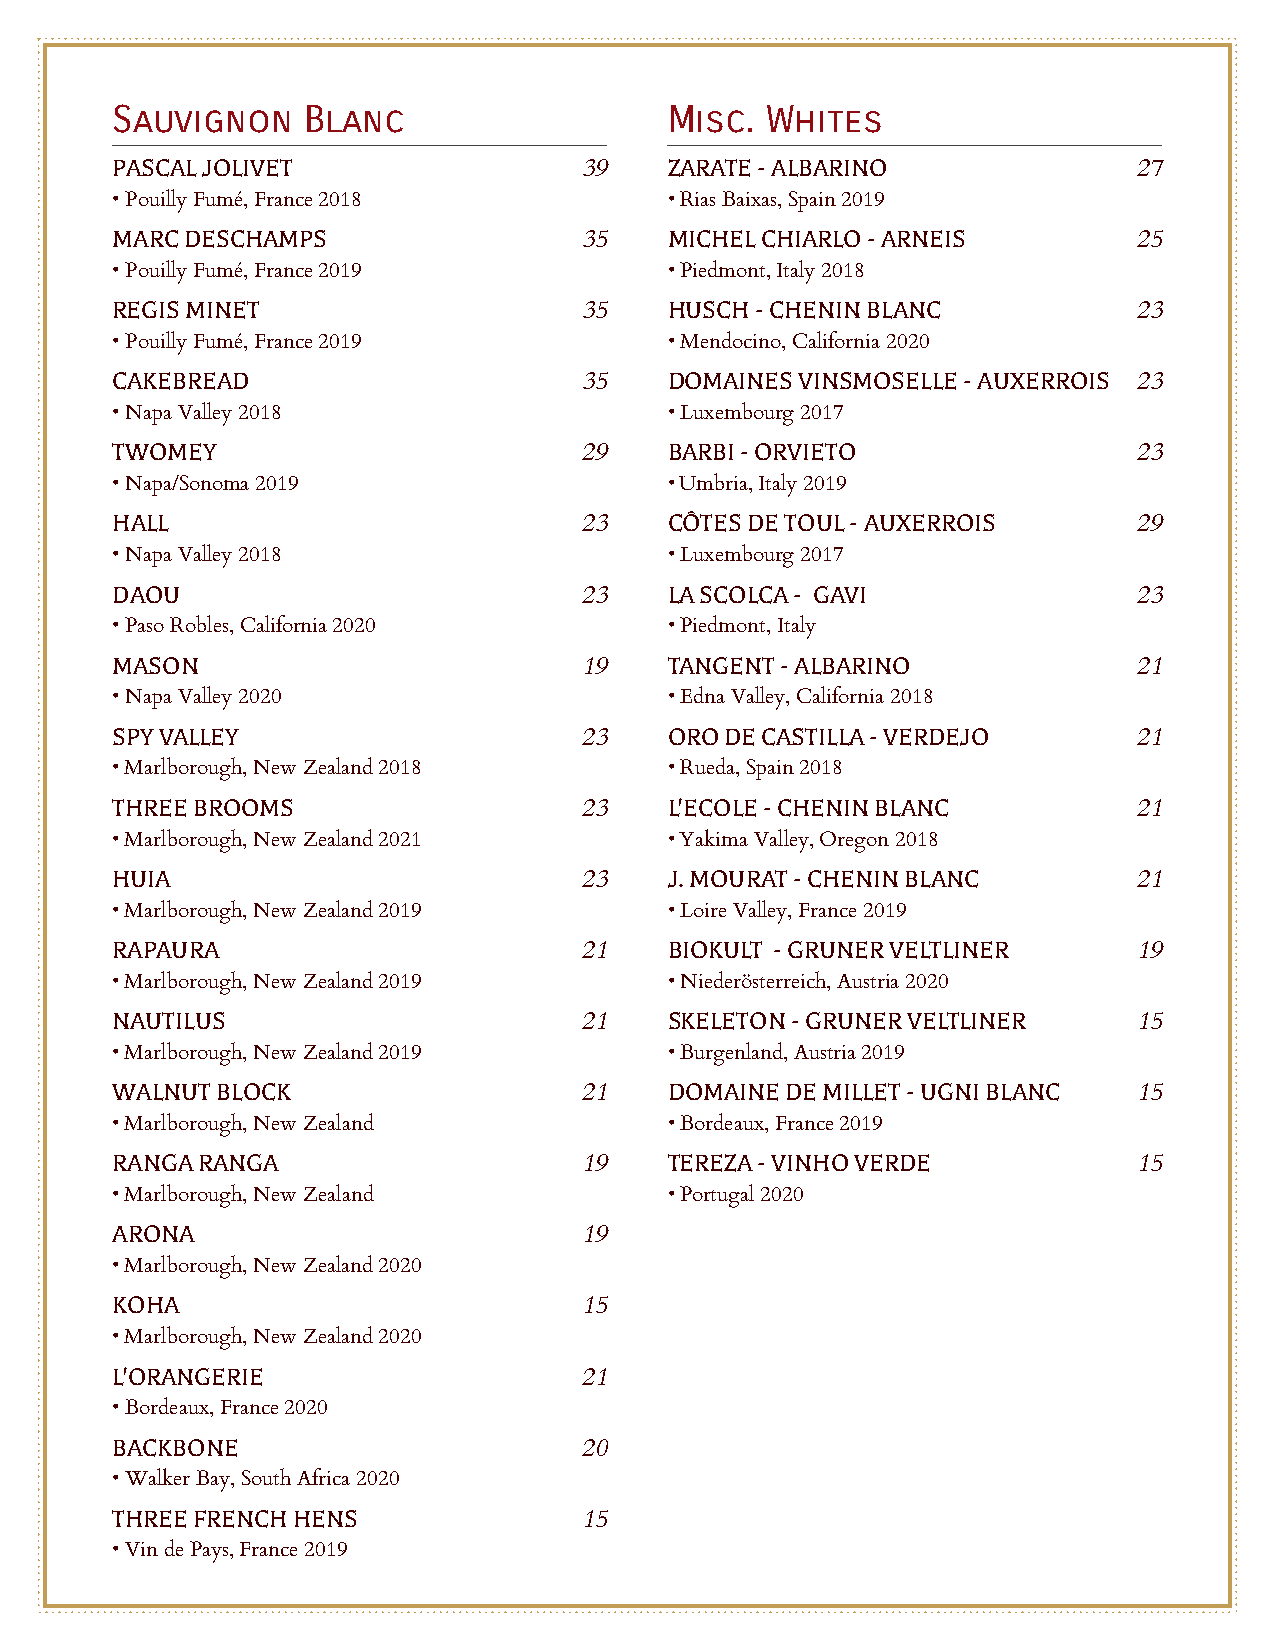
Sauvignon    Blanc                   Misc.  Whites
 PASCAL JOLIVET                  39   ZARATE - ALBARINO              27
 • Pouilly Fumé, France 2018          • Rias Baixas, Spain 2019
 MARC DESCHAMPS                  35   MICHEL CHIARLO - ARNEIS        25
 • Pouilly Fumé, France 2019          • Piedmont, Italy 2018
 REGIS MINET                     35   HUSCH - CHENIN BLANC           23
 • Pouilly Fumé, France 2019          • Mendocino, California 2020
 CAKEBREAD                       35   DOMAINES VINSMOSELLE - AUXERROIS 23
 • Napa Valley 2018                   • Luxembourg 2017
 TWOMEY                          29   BARBI - ORVIETO                23
 • Napa/Sonoma 2019                   • Umbria, Italy 2019
 HALL                            23   CÔTES DE TOUL - AUXERROIS      29
 • Napa Valley 2018                   • Luxembourg 2017
 DAOU                            23   LA SCOLCA - GAVI               23
 • Paso Robles, California 2020       • Piedmont, Italy
 MASON                           19   TANGENT - ALBARINO             21
 • Napa Valley 2020                   • Edna Valley, California 2018
 SPY VALLEY                      23   ORO DE CASTILLA - VERDEJO      21
 • Marlborough, New Zealand 2018      • Rueda, Spain 2018
 THREE BROOMS                    23   L'ECOLE - CHENIN BLANC         21
 • Marlborough, New Zealand 2021      • Yakima Valley, Oregon 2018
 HUIA                            23   J. MOURAT - CHENIN BLANC       21
 • Marlborough, New Zealand 2019      • Loire Valley, France 2019
 RAPAURA                         21   BIOKULT - GRUNER VELTLINER     19
 • Marlborough, New Zealand 2019      • Niederösterreich, Austria 2020
 NAUTILUS                        21   SKELETON - GRUNER VELTLINER    15
 • Marlborough, New Zealand 2019      • Burgenland, Austria 2019
 WALNUT BLOCK                    21   DOMAINE DE MILLET - UGNI BLANC 15
 • Marlborough, New Zealand           • Bordeaux, France 2019
 RANGA RANGA                     19   TEREZA - VINHO VERDE           15
 • Marlborough, New Zealand           • Portugal 2020
 ARONA                           19
 • Marlborough, New Zealand 2020
 KOHA                            15
 • Marlborough, New Zealand 2020
 L'ORANGERIE                     21
 • Bordeaux, France 2020
 BACKBONE                        20
 • Walker Bay, South Africa 2020
 THREE FRENCH HENS               15
 • Vin de Pays, France 2019